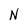
Character: N